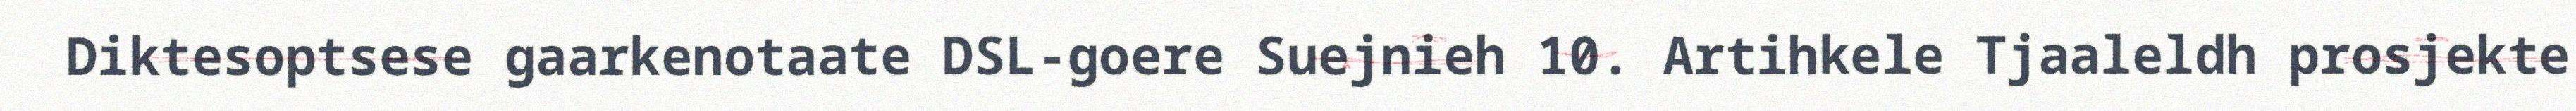
Diktesoptsese gaarkenotaate DSL-goere Suejnieh 10. Artihkele Tjaaleldh prosjekte